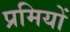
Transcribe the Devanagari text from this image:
प्रमियों